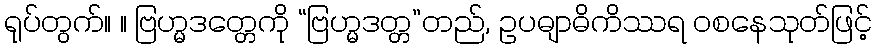
ရုပ်တွက်။ ။ ဗြဟ္မဒတ္တေကို “ဗြဟ္မဒတ္တ”တည်, ဥပဓျာဓိကိဿရ ဝစနေသုတ်ဖြင့်